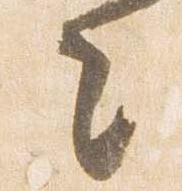
之